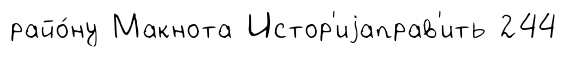
райо́ну Макнота Истор'иjаправ'ить 244